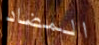
المضاد